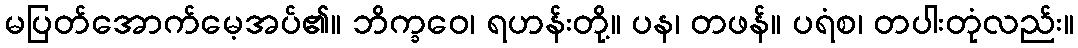
မပြတ်အောက်မေ့အပ်၏။ ဘိက္ခဝေ၊ ရဟန်းတို့။ ပန၊ တဖန်။ ပရံစ၊ တပါးတုံလည်း။